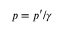
p = p ^ { \prime } / \gamma